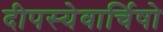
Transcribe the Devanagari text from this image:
दीपस्येवार्चिषो